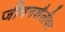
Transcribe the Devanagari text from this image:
जीवनशैलीवर